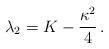
LaTeX: \begin{align*}\lambda_{2}=K -\frac{\kappa^2}{4}\,.\end{align*}